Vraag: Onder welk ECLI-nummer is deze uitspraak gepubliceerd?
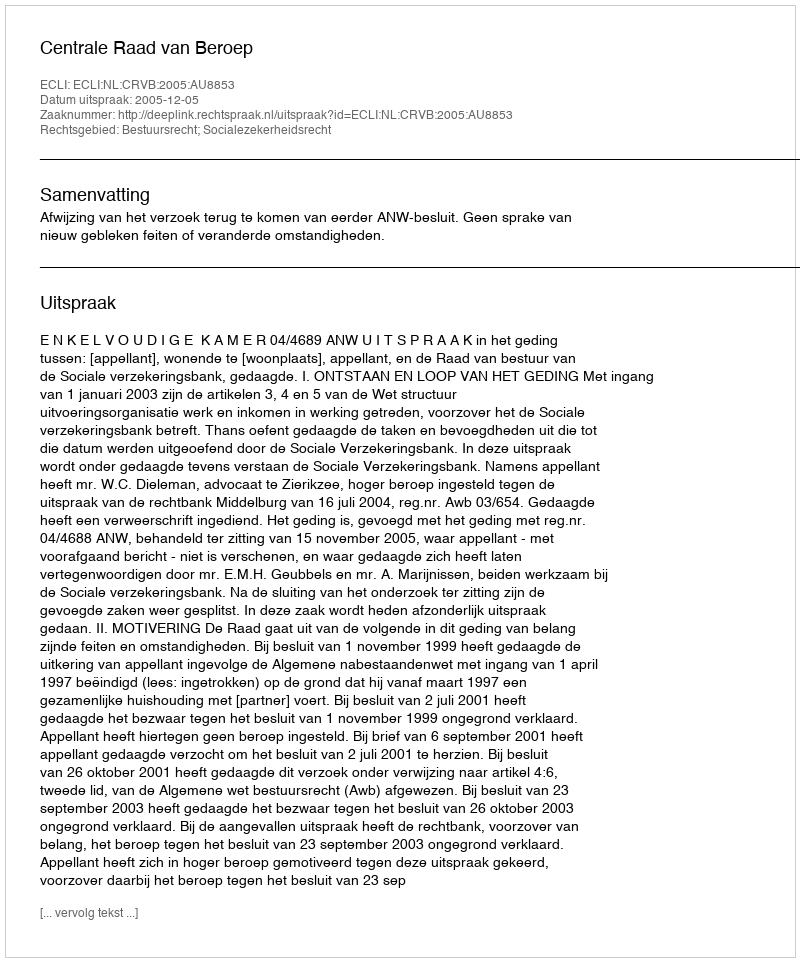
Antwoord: ECLI:NL:CRVB:2005:AU8853